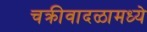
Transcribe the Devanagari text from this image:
चक्रीवादळामध्ये